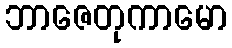
ဘာဇေတုကာမော